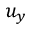
u _ { y }